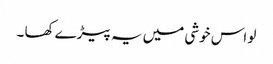
لو اس خوشی میں یہ پیڑے کھا ۔